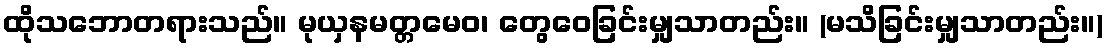
ထိုသဘောတရားသည်။ မုယှနမတ္တမေဝ၊ တွေဝေခြင်းမျှသာတည်း။ (မသိခြင်းမျှသာတည်း။)